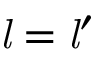
{ \mathit { l } } = { { \mathit { l } } ^ { \prime } }